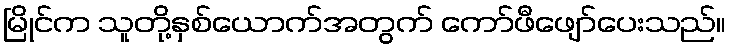
မြိုင်က သူတို့နှစ်ယောက်အတွက် ကော်ဖီဖျော်ပေးသည်။